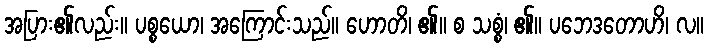
အပြား၏လည်း။ ပစ္စယော၊ အကြောင်းသည်။ ဟောတိ၊ ၏။ စ သစ္စံ၊ ၏။ ပဘေဒတောဟိ၊ လ။